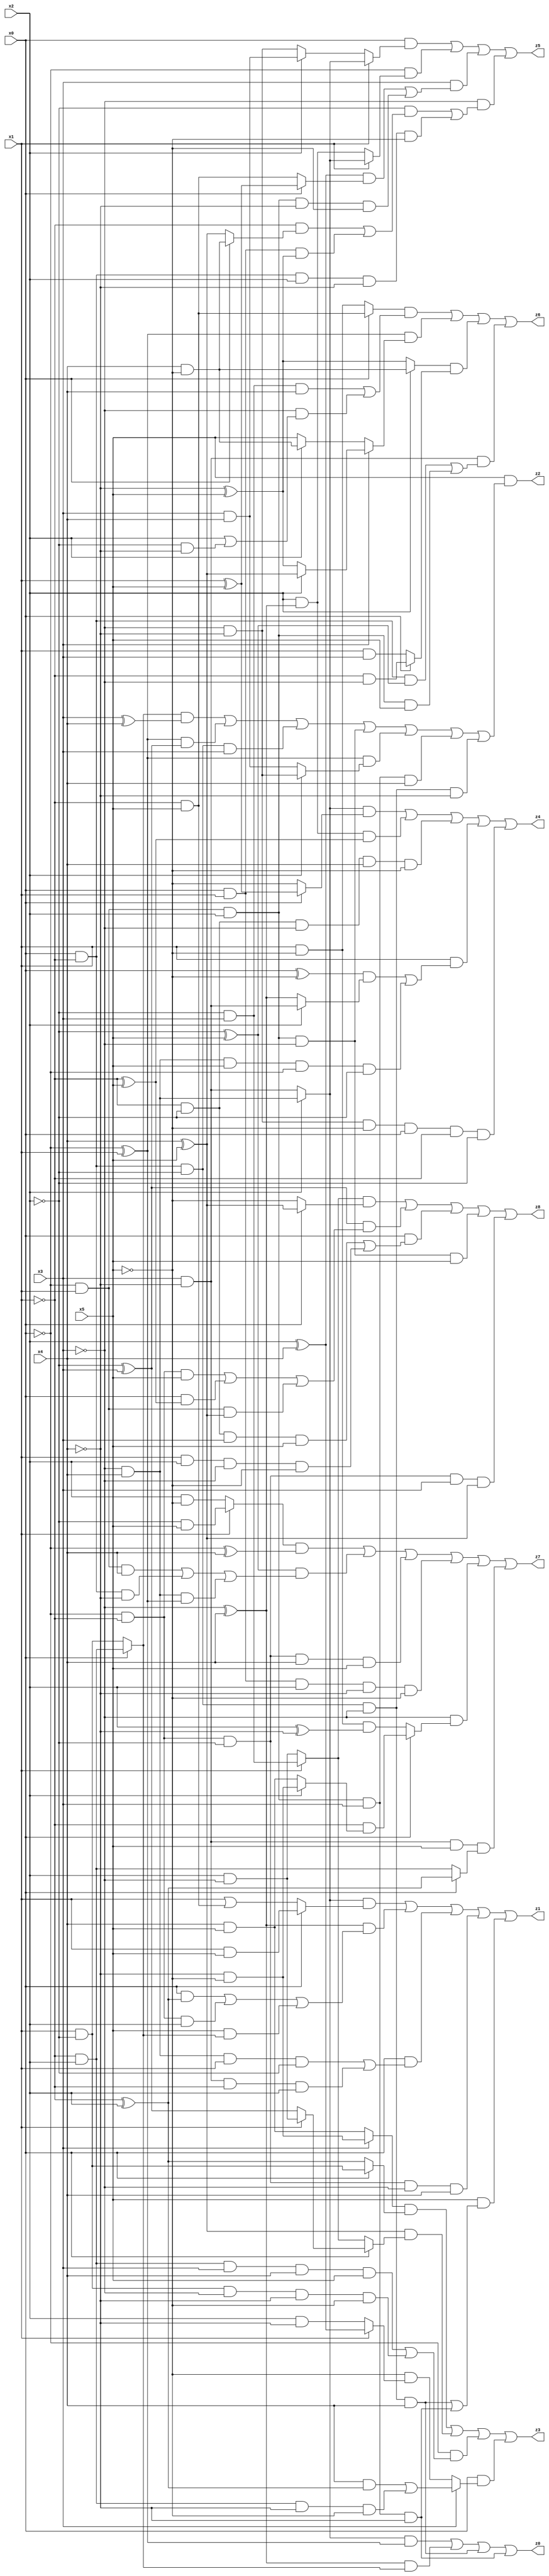
// Benchmark "X_59" written by ABC on Tue Jun 06 22:27:05 2023

module X_59 ( 
    x0, x1, x2, x3, x4, x5,
    z0, z1, z2, z3, z4, z5, z6, z7, z8  );
  input  x0, x1, x2, x3, x4, x5;
  output z0, z1, z2, z3, z4, z5, z6, z7, z8;
  assign z0 = ((x2 ? (~x3 & x4) : (x3 & ~x4)) & (~x0 ^ x1)) | ((~x3 ^ x4) & (x0 ? (~x1 & x2) : (x1 & ~x2))) | (x0 & ~x1 & ~x2 & ~x3 & x4) | (~x0 & x1 & x2 & x3 & ~x4);
  assign z1 = ((x2 ? (~x3 & x4) : (x3 & ~x4)) & (x0 ? (x1 & x5) : (x1 | (~x1 & x5)))) | ((~x3 ^ x4) & ((x0 & (~x1 ^ x2)) | (~x0 & ~x1 & x2) | (x5 & (x0 ? (~x1 & x2) : (x1 & ~x2))))) | (x0 & ((~x3 & x4 & x1 & ~x2) | (x3 & ~x4 & ~x1 & x2))) | (~x0 & ~x1 & ~x2 & ~x3 & x4) | (x5 & ((x0 & ~x1 & ~x2 & ~x3 & x4) | (~x0 & x1 & x2 & x3 & ~x4)));
  assign z2 = x5 & (((x0 ? (~x1 & x2) : (x1 & ~x2)) & (x3 ^ x4)) | ((~x0 ^ x1) & (~x2 ^ x3)) | (x0 & ~x1 & ~x2 & x3) | (~x0 & x1 & x2 & ~x3) | ((~x0 ^ x1) & (x2 ? (~x3 & ~x4) : (x3 & x4))) | (~x0 & x1 & x2 & x3 & x4) | (x0 & ~x1 & ~x2 & ~x3 & ~x4));
  assign z3 = ((x3 ? (~x4 & ~x5) : (x4 & x5)) & (x0 ? (x1 & ~x2) : (~x1 ^ x2))) | ((x4 ^ x5) & (x0 ? (x1 ? (x2 & ~x3) : (~x2 ^ x3)) : (x1 ? (~x2 & x3) : (x2 & ~x3)))) | (~x0 & ((~x1 & x2 & x3 & x4 & x5) | (x1 & ~x2 & ~x3 & ~x4 & ~x5))) | (x0 & (x3 ? ((x4 & (~x1 ^ x2)) | (~x1 & x2 & ~x4 & ~x5)) : (~x5 & (x1 ? (x2 ^ x4) : (x2 & ~x4)))));
  assign z4 = ((x2 ? (~x3 & x4) : (x3 & ~x4)) & (x0 ? (x1 ^ x5) : ~x5)) | (x2 & (~x3 ^ x4) & (~x1 ^ x5)) | (~x1 & ~x2 & ~x3 & x4 & ~x5) | (x1 & (((x0 ^ ~x5) & (x2 ? (x3 & ~x4) : (~x3 ^ x4))) | (~x3 & x4 & x5 & ~x0 & ~x2))) | (~x3 & ~x4 & ~x5 & x0 & ~x1 & ~x2);
  assign z5 = (x0 & (x1 ? (x2 ? (~x3 & x4) : (x3 & ~x4)) : (x2 ? (x3 & x4) : (~x3 & ~x4)))) | (~x0 & (x1 ? (x2 ? (~x3 & x4) : (x3 & ~x4)) : (x2 & (~x3 ^ x4)))) | (x3 & (((x2 ^ x4) & (x0 ? (x1 ^ x5) : (~x1 & x5))) | (~x0 & x1 & x2 & ~x4 & ~x5))) | (~x3 & ((~x2 & ((~x1 & (x0 ? (x4 & ~x5) : (x4 ^ x5))) | (x0 & x1 & (~x4 ^ x5)))) | (x0 & ~x1 & x2 & ~x4 & ~x5)));
  assign z6 = ((x0 ? (~x1 & x5) : (x1 & ~x5)) & ((~x2 & x3 & x4) | (~x3 & (x2 | (~x2 & ~x4))))) | ((~x0 ^ x1) & (x3 ? (x2 ? (x4 ^ x5) : (~x4 ^ x5)) : (x2 ? (x4 & ~x5) : x5))) | ((x2 ? (x4 & ~x5) : (~x4 ^ x5)) & (x0 ? (~x1 & ~x3) : (x1 & x3))) | (x3 & ~x4 & ((x0 & ~x1 & (~x2 ^ x5)) | (~x0 & x1 & x2 & x5)));
  assign z7 = ((x1 ? (~x2 & x5) : (x2 & ~x5)) & (~x0 ^ x4)) | ((~x2 ^ x5) & ((~x0 & x1 & x4) | (x0 & ~x1 & ~x4) | (~x3 & x4 & (~x0 ^ x1)))) | (~x0 & ~x1 & ~x2 & x4 & x5) | (x0 & x1 & x2 & ~x4 & ~x5) | (~x3 & (x0 ? (~x1 & (x2 ? (~x4 & ~x5) : (x4 & x5))) : (x1 & ~x5 & (x2 ^ ~x4)))) | (x3 & ~x4 & x5 & (x0 ? (~x1 ^ x2) : (~x1 & x2)));
  assign z8 = ((x1 ? (~x2 & x3) : (x2 & ~x3)) & (x0 ? (x4 ^ x5) : ~x5)) | ((~x2 ^ x3) & ((~x0 & ~x1 & x5) | (x0 & (~x1 ^ x5)) | (~x0 & x1 & (x4 ^ x5)))) | (x0 & ((~x1 & ~x2 & x3 & x5) | (x1 & x2 & ~x3 & ~x5))) | (~x0 & x1 & x2 & ~x3 & x5) | (~x0 & ~x1 & ~x2 & x3 & (x4 ^ x5));
endmodule